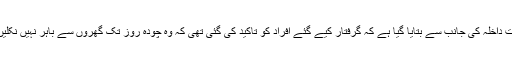
وزارت داخلہ کی جانب سے بتایا گیا ہے کہ گرفتار کیے گئے افراد کو تاکید کی گئی تھی کہ وہ چودہ روز تک گھروں سے باہر نہیں نکلیں گے۔